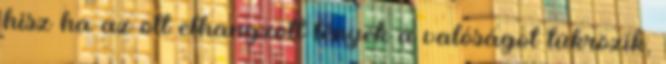
hisz ha az ott elhangzott tények a valóságot tükrözik,